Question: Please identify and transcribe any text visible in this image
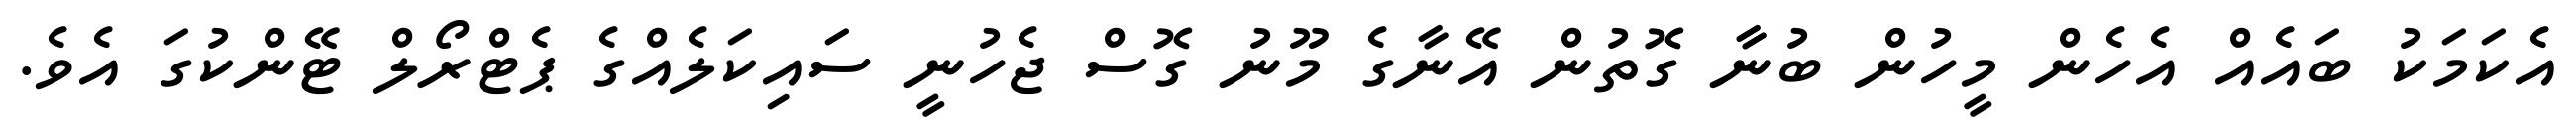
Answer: އެކަމަކު ބައެއް އެހެން މީހުން ބުނާ ގޮތުން އޭނާގެ މޫނު ގޮސް ޖެހުނީ ސައިކަލެއްގެ ޕެޓްރޯލް ޓޭންކުގަ އެވެ.